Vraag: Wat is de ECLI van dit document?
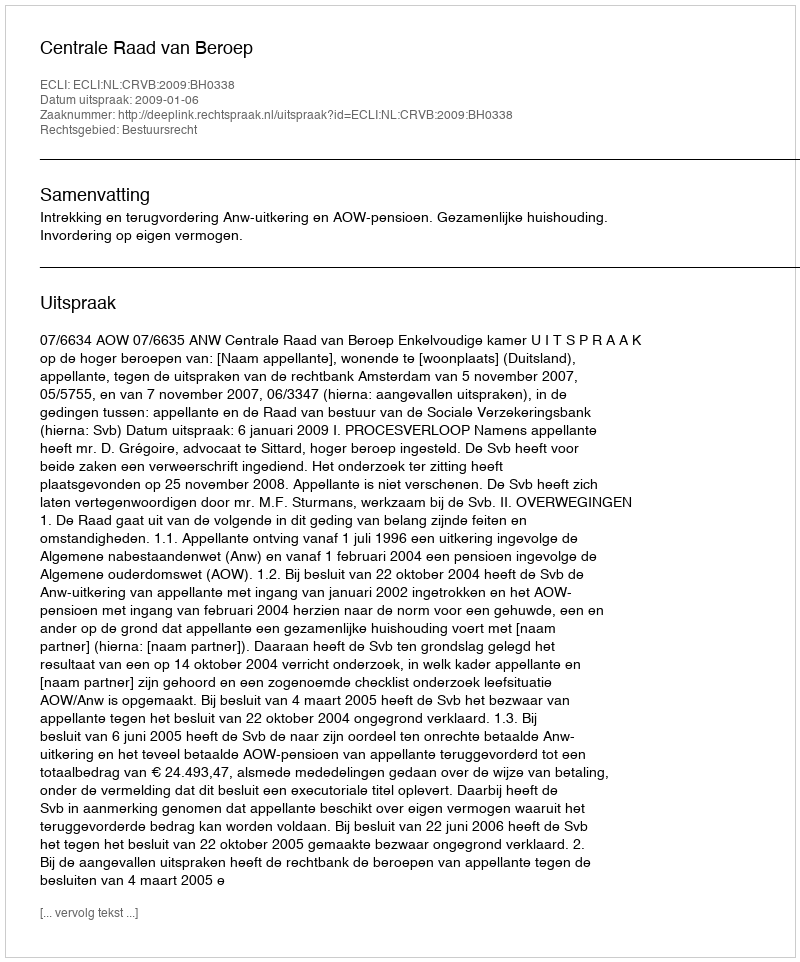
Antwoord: ECLI:NL:CRVB:2009:BH0338